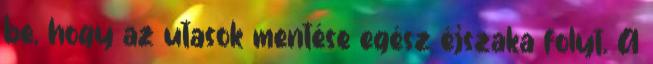
be, hogy az utasok mentése egész éjszaka folyt. A